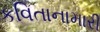
કવિતાનામારી